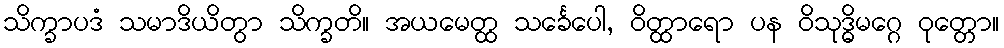
သိက္ခာပဒံ သမာဒိယိတွာ သိက္ခတိ။ အယမေတ္ထ သင်္ခေပေါ, ဝိတ္ထာရော ပန ဝိသုဒ္ဓိမဂ္ဂေ ဝုတ္တော။